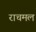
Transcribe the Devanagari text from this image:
राचमल